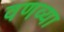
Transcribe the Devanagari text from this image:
वणव्या